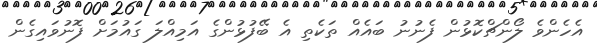
އެހެންވެ ލޯންޗްކޮޅުން ފެނުނު ބައެއް ތަކެތި އެ ބޭފުޅުންގެ އަމިއްލަ ގައުމަށް ފޮނުވައިގެން